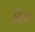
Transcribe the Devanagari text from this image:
ईरु